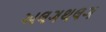
અલગથલગ